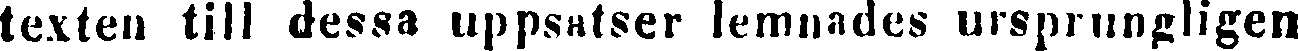
texten till dessa uppsatser lemnades ursprungligen